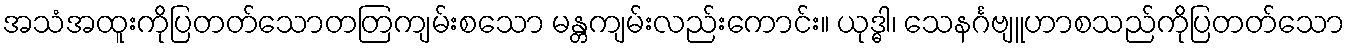
အသံအထူးကိုပြတတ်သောတတြကျမ်းစသော မန္တကျမ်းလည်းကောင်း။ ယုဒ္ဓါ၊ သေနင်္ဂဗျူဟာစသည်ကိုပြတတ်သော